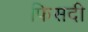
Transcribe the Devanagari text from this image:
फिसदी